Report on the working of the Ranchi Indian Mental Hospital, Kanke, in Bihar and Orissa - 1930-1940
Year: 1930
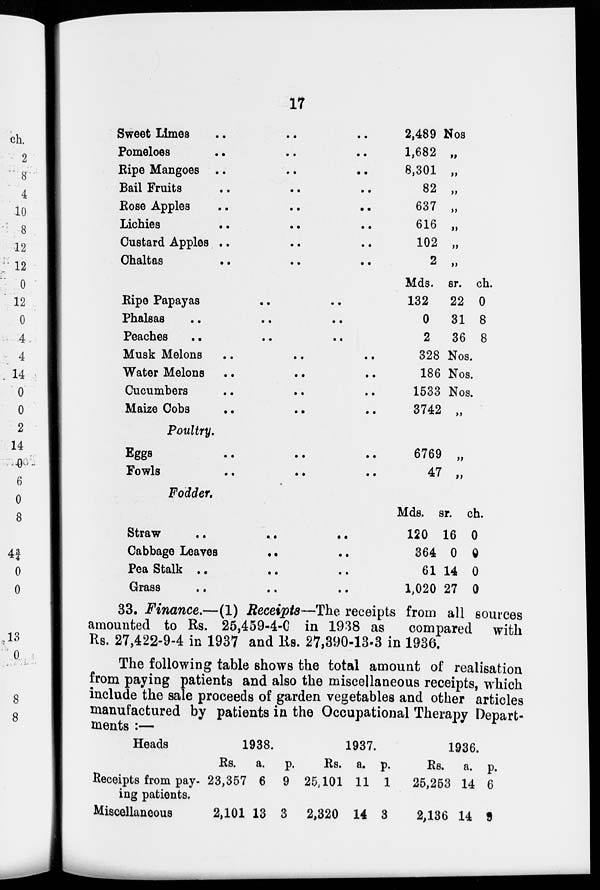
17
Sweet Limes .. .. ..
Pomeloes .. .. ..
Ripe Mangoes .. .. ..
Bail Fruits .. .. ..
Rose Apples .. .. ..
Lichies
..
..
..
Custard Apples .. .. ..
Chaltas
..
..
..
Ripe Papayas .. ..
Phalsas .. .. ..
Peaches
..
..
..
Musk Melons .. .. ..
Water Melons .. .. ..
Cucumbers .. .. ..
Maize Cobs .. .. ..
Poultry.
Eggs
..
..
..
Fowls
..
..
..
Fodder.
Straw
..
..
..
Cabbage Leaves
..
..
Pea Stalk .. .. ..
Grass
..
..
..
2,489 Nos.
1,682 „
8,301 „
82 „
637 „
616 „
102 „
2 „
Mds.
132
0
2
328
186
1533
3742
sr.
22
31
36
ch.
0
8
8
Nos.
Nos.
Nos.
„
6769
47
„
„
Mds.
120
364
61
1,020
sr.
16
0
14
27
ch.
0
0
0
0
33. Finance.—(1) Receipts—The receipts from all sources
amounted to Rs. 25,459-4-0 in 1938 as compared with
Rs. 27,422-9-4 in 1937 and Rs. 27,390-13-3 in 1936.
The following table shows the total amount of realisation
from paying patients and also the miscellaneous receipts, which
include the sale proceeds of garden vegetables and other articles
manufactured by patients in the Occupational Therapy Depart-
ments :—
Heads
Receipts from pay-
ing patients.
Miscellaneous
1938.
Rs.
23,357
2,101
a.
6
13
p.
9
3
1937.
Rs.
25,101
2,320
a.
11
14
p.
1
3
1936.
Rs.
25,253
2,136
a.
14
14
p.
6
9